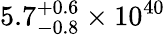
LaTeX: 5.7_{-0.8}^{+0.6}\times 10^{40}